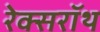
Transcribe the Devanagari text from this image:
रेक्सरॉथ